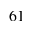
^ { 6 1 }